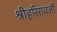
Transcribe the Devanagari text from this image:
श्रीहरिरायजी